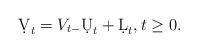
LaTeX: \begin{align*} \d V_t = V_{t-} \d U_t + \d L_t, t \geq 0. \end{align*}